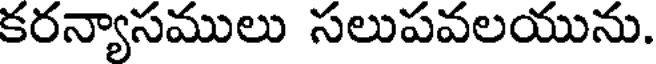
కరన్యాసములు సలుపవలయును.